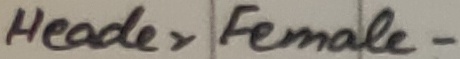
Text: Header Female-